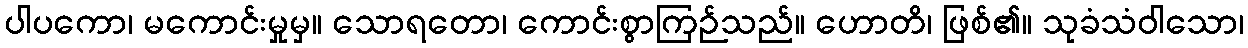
ပါပကော၊ မကောင်းမှုမှ။ သောရတော၊ ကောင်းစွာကြဉ်သည်။ ဟောတိ၊ ဖြစ်၏။ သုခံသံဝါသော၊